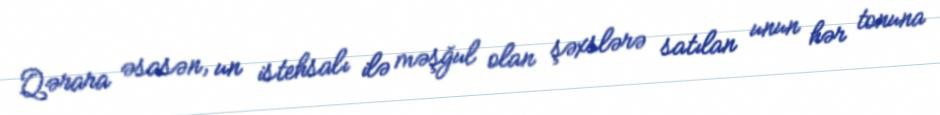
Qərara əsasən, un istehsalı ilə məşğul olan şəxslərə satılan unun hər tonuna